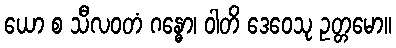
ယော စ သီလဝတံ ဂန္ဓော၊ ဝါတိ ဒေဝေသု ဥတ္တမော။